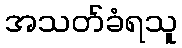
အသတ်ခံရသူ